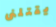
يقتلنى